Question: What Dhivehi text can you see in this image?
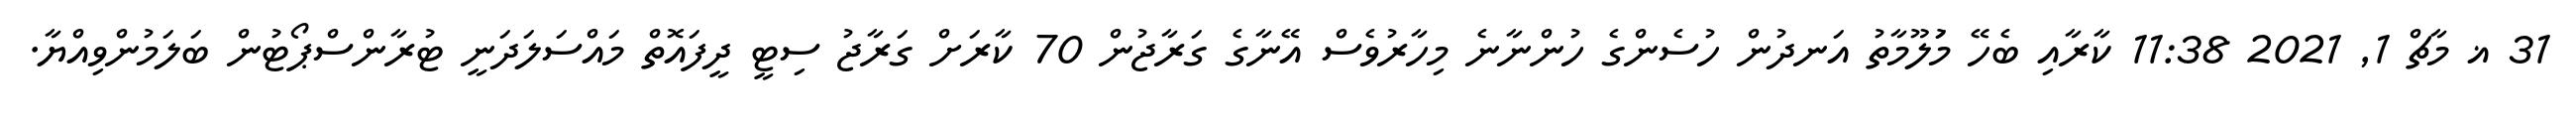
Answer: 31 ޣ މާޗް 1, 2021 11:38 ކާރާއި ބެހޭ މަުލޫމާތު އަނދުން ހުސެންގެ ހުންނާނެ މިހާރުވެސް އޭނާގެ ގަރާޖުން 70 ކާރަށް ގަރާޖު ސިޓީ ދީފައޮތް މައްސަލަދަނީ ޓުރާންސްޕޯޓުން ބަލަމުންވިއްޔާ.